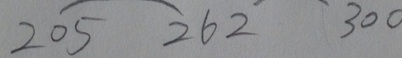
2 0 5 2 6 2 3 0 0